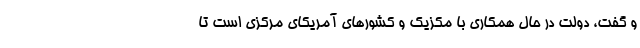
و گفت، دولت در حال همکاری با مکزیک و کشورهای آمریکای مرکزی است تا